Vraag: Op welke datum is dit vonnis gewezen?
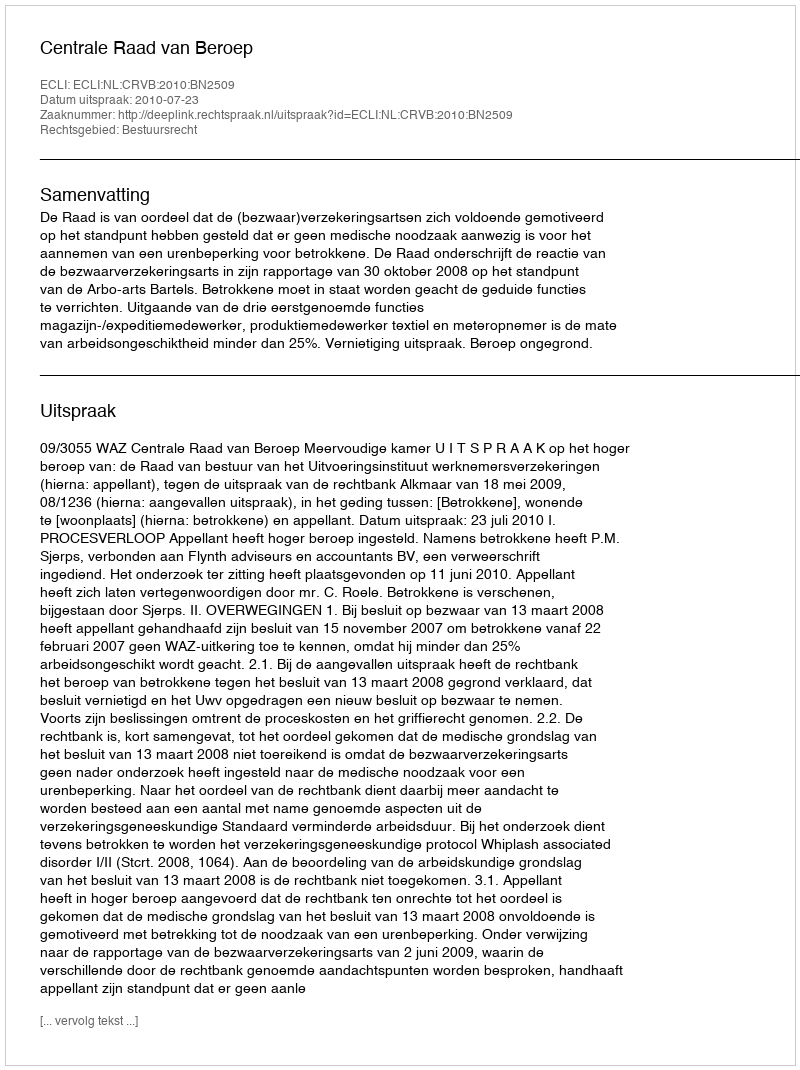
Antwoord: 2010-07-23